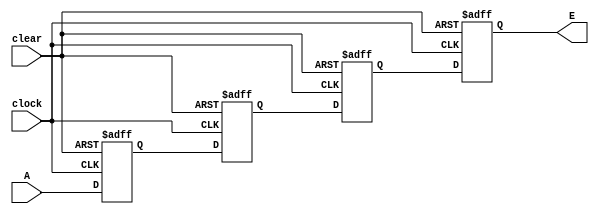

module shiftreg4bit(clock,clear,A,E);
	input clock,A,clear;
	output reg E;
	reg B,C,D;
	always@(posedge clock or negedge clear)
		begin
		if(!clear) begin B<=0; C<=0; D<=0; E<=0; end
		else
			begin
			E<=D;
			D<=C;
			C<=B;
			B<=A;
			end
		end
endmodule